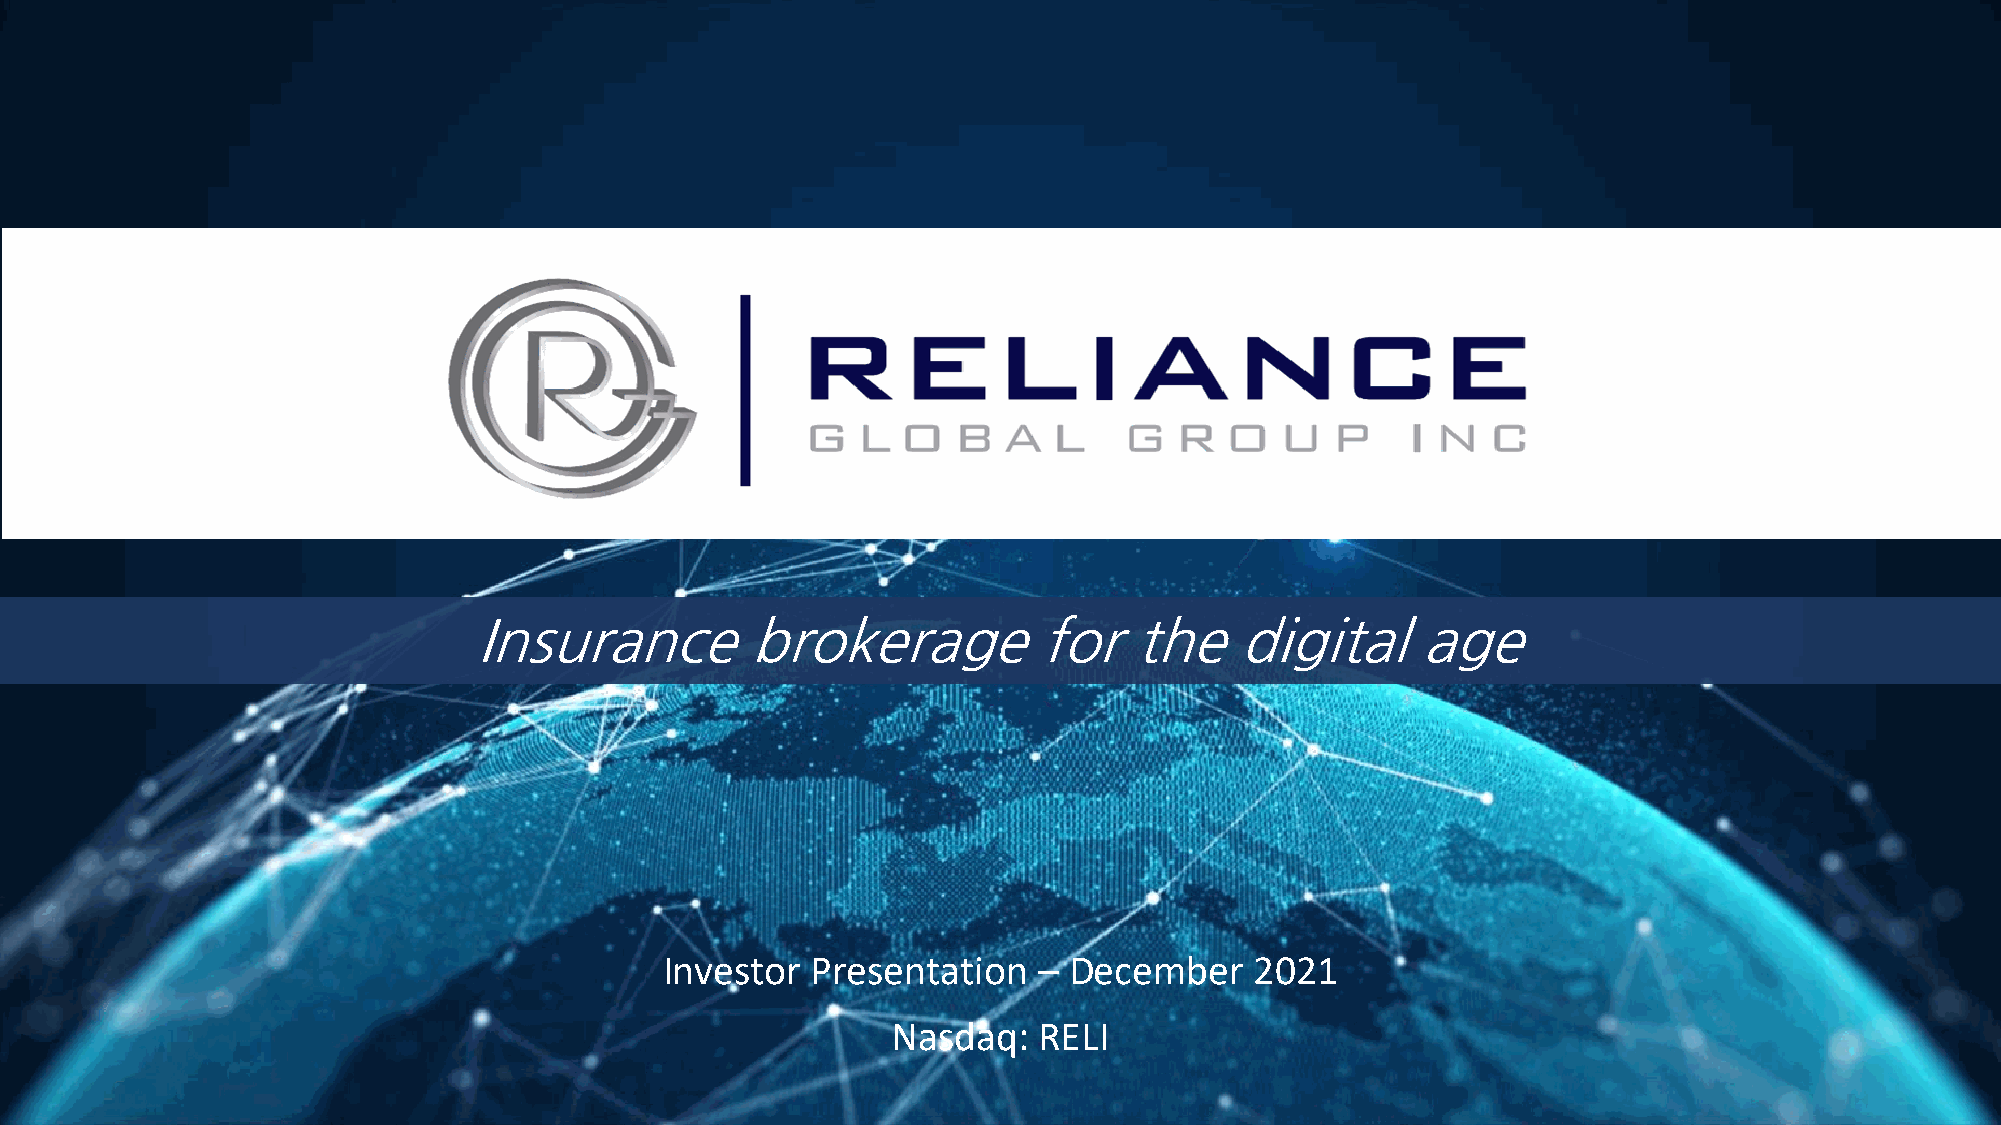
Insurance          brokerage          for   the    digital     age
 Investor  Presentation   – December    2021
 Nasdaq:   RELI